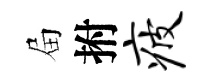
屇拊疲